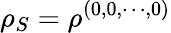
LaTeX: \rho_{S}=\rho^{(0,0,\cdots,0)}